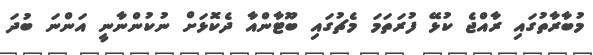
މުބާރާތުގައި ރާއްޖެ ކުޅޭ ފުރަތަމަ މެޗުގައި ބޫޓާންއާ ދެކޮޅަށް ނުކުންނާނީ އަންނަ ބުދަ